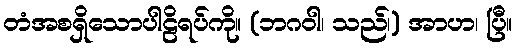
တံအစရှိသောပါဠိရပ်ကို။ (ဘဂဝါ၊ သည်၊) အာဟ၊ ပြီ။